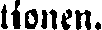
tionen.